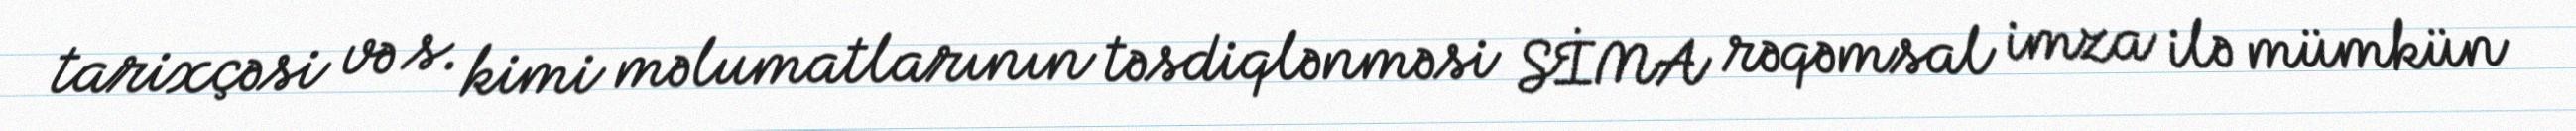
tarixçəsi və s. kimi məlumatlarının təsdiqlənməsi SİMA rəqəmsal imza ilə mümkün